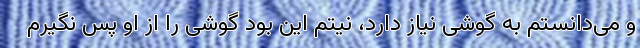
و می‌دانستم به گوشی نیاز دارد، نیتم این بود گوشی را از او پس نگیرم